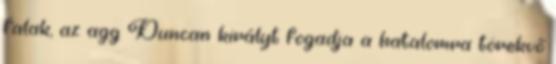
falak, az agg Duncan királyt fogadja a hatalomra törekvő